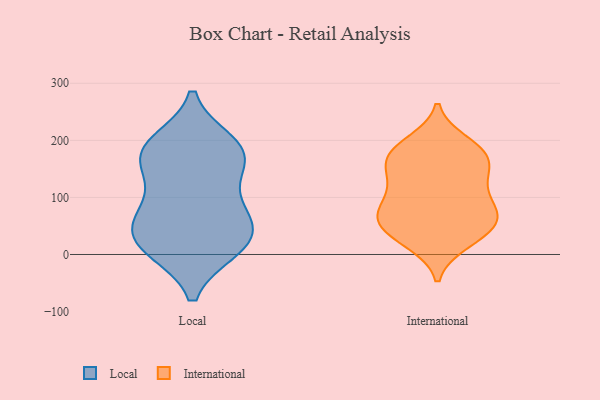
{"axis": {"x": "Conversion Rate (%)", "y": "Value"}, "legend": ["International", "Local"], "data": [{"x": "", "y": 194, "type": "Local"}, {"x": "", "y": 168, "type": "Local"}, {"x": "", "y": 64, "type": "Local"}, {"x": "", "y": 16, "type": "Local"}, {"x": "", "y": 73, "type": "Local"}, {"x": "", "y": 15, "type": "Local"}, {"x": "", "y": 173, "type": "Local"}, {"x": "", "y": 115, "type": "Local"}, {"x": "", "y": 29, "type": "Local"}, {"x": "", "y": 177, "type": "Local"}, {"x": "", "y": 59, "type": "Local"}, {"x": "", "y": 11, "type": "Local"}, {"x": "", "y": 181, "type": "Local"}, {"x": "", "y": 196, "type": "International"}, {"x": "", "y": 67, "type": "International"}, {"x": "", "y": 120, "type": "International"}, {"x": "", "y": 40, "type": "International"}, {"x": "", "y": 187, "type": "International"}, {"x": "", "y": 162, "type": "International"}, {"x": "", "y": 127, "type": "International"}, {"x": "", "y": 165, "type": "International"}, {"x": "", "y": 25, "type": "International"}, {"x": "", "y": 119, "type": "International"}, {"x": "", "y": 150, "type": "International"}, {"x": "", "y": 74, "type": "International"}, {"x": "", "y": 184, "type": "International"}, {"x": "", "y": 81, "type": "International"}, {"x": "", "y": 59, "type": "International"}, {"x": "", "y": 41, "type": "International"}, {"x": "", "y": 67, "type": "International"}, {"x": "", "y": 172, "type": "International"}, {"x": "", "y": 79, "type": "International"}, {"x": "", "y": 21, "type": "International"}]}